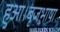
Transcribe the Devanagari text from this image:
हुआ।बृजभाषा